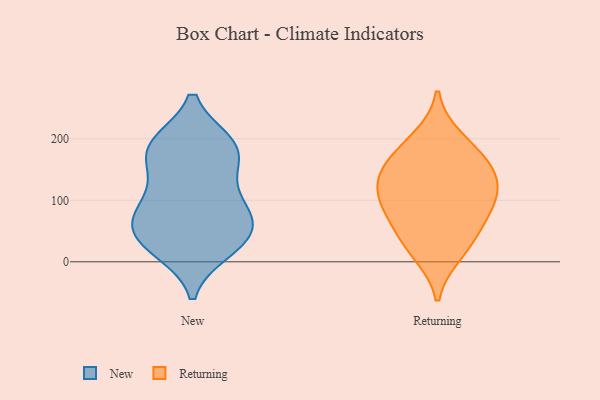
{"axis": {"x": "Market Share (%)", "y": "Value"}, "legend": ["New", "Returning"], "data": [{"x": "", "y": 55, "type": "New"}, {"x": "", "y": 192, "type": "New"}, {"x": "", "y": 71, "type": "New"}, {"x": "", "y": 191, "type": "New"}, {"x": "", "y": 66, "type": "New"}, {"x": "", "y": 150, "type": "New"}, {"x": "", "y": 22, "type": "New"}, {"x": "", "y": 116, "type": "New"}, {"x": "", "y": 91, "type": "New"}, {"x": "", "y": 19, "type": "New"}, {"x": "", "y": 85, "type": "New"}, {"x": "", "y": 163, "type": "New"}, {"x": "", "y": 43, "type": "New"}, {"x": "", "y": 191, "type": "New"}, {"x": "", "y": 189, "type": "New"}, {"x": "", "y": 32, "type": "New"}, {"x": "", "y": 130, "type": "Returning"}, {"x": "", "y": 157, "type": "Returning"}, {"x": "", "y": 79, "type": "Returning"}, {"x": "", "y": 108, "type": "Returning"}, {"x": "", "y": 31, "type": "Returning"}, {"x": "", "y": 200, "type": "Returning"}, {"x": "", "y": 103, "type": "Returning"}, {"x": "", "y": 140, "type": "Returning"}, {"x": "", "y": 14, "type": "Returning"}, {"x": "", "y": 64, "type": "Returning"}, {"x": "", "y": 174, "type": "Returning"}]}